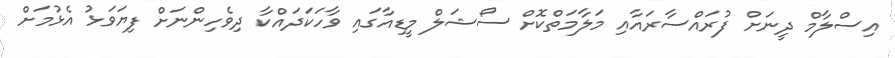
އިސްލާމް ދީނަށް ފުރައްސާރައާއި މަލާމަތްކޮށް ސޯޝަލް މީޑިއާގައި ވާހަކަދައްކާ ދިވެހިންނަށް ފިޔަވަޅު އެޅުމަށް